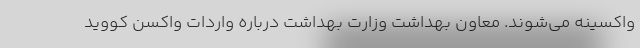
واکسینه می‌شوند. معاون بهداشت وزارت بهداشت درباره واردات واکسن کووید